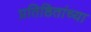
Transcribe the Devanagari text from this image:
प्रतिष्ठितांच्या